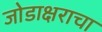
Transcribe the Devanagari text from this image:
जोडाक्षराचा